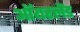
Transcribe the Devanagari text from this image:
ऑयरलैंड